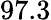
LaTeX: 97.3